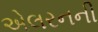
એલરનની